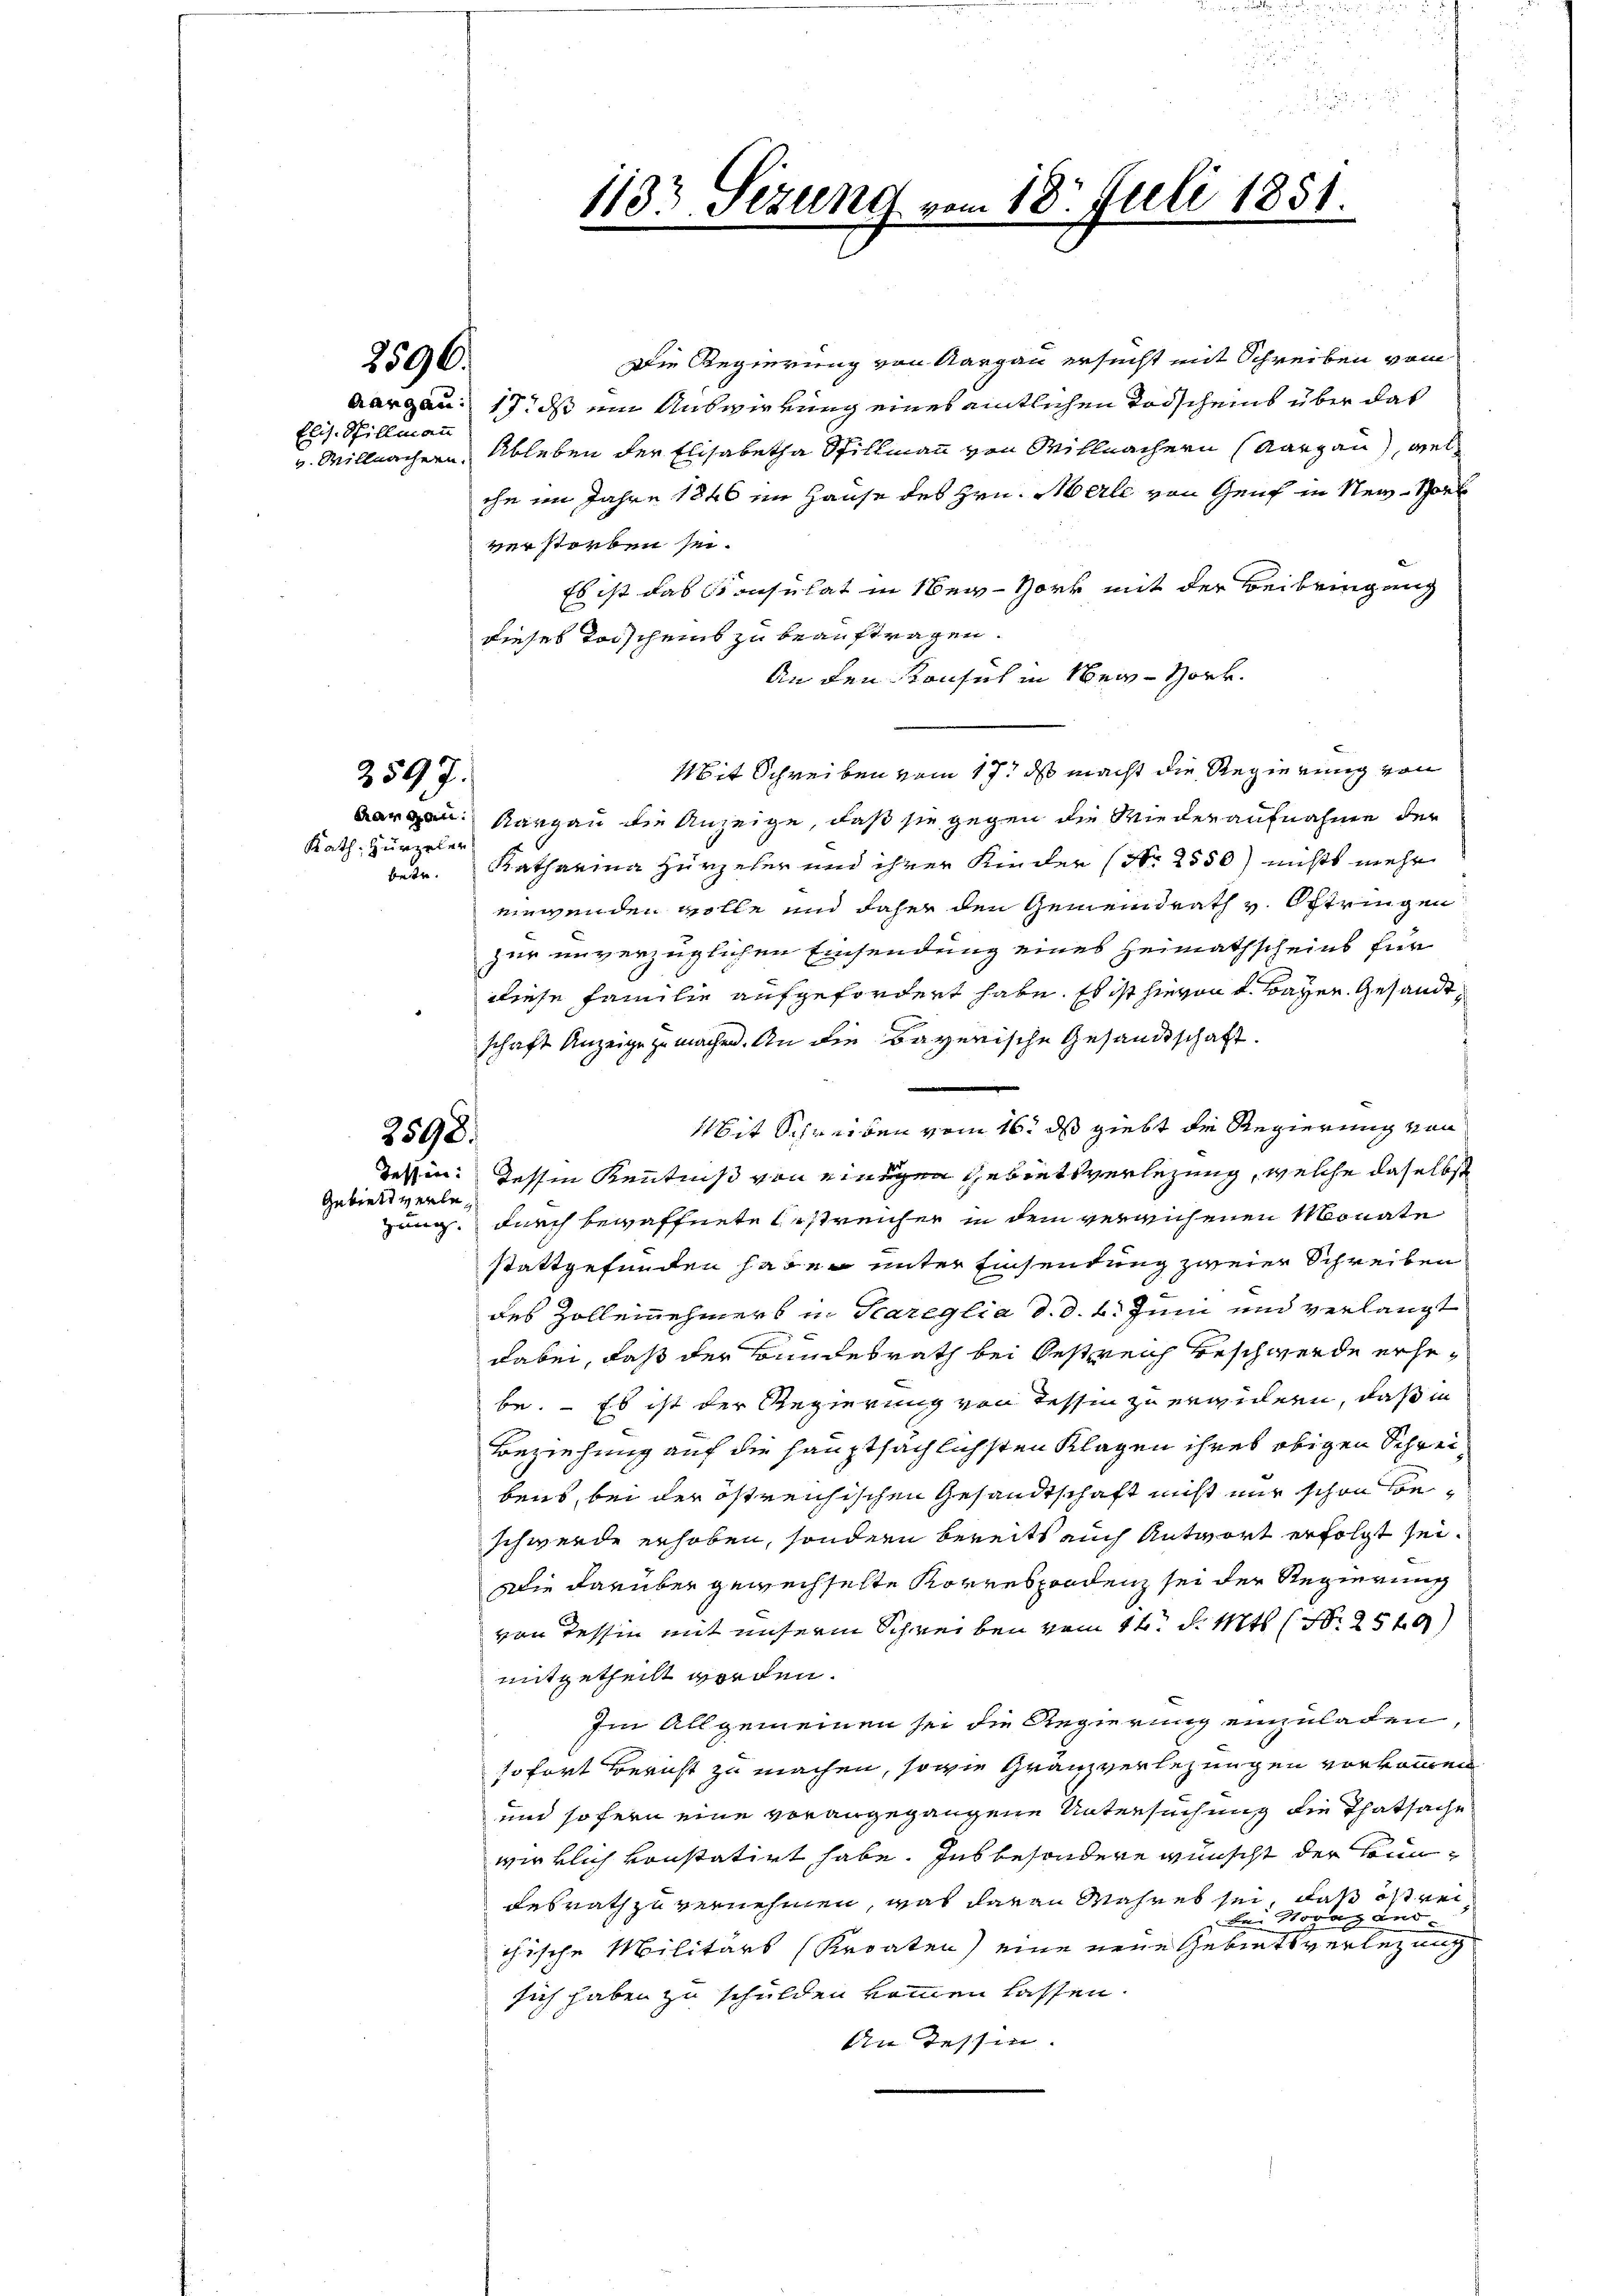
Elis. Spillmann

Rath, Zurzeler

2596.

2597.

Gebiett verle¬

Die Regierung von Aargau ersucht mit Schreiben vom
Aargau: 17. ds ein Auswirrung eines amtlichen Todscheins über das
v. Willmachern, Ableben der Elisabetha Stillmann von Meillachern Aargau, welche im Jahre 1846 im Hause des Hrn. Merle von Genf in Nein Vorb
verstorben sei.
Es ist das Consulat in Ser-Hork mit der Beibringung
dieses Toischeins zu beauftragen.
An den Konsich in New-York
Mit Schreiben vom 17. ds macht die Regierung von
Aargau Kargau die Anzeige, daß sie gegen die Wiederaufnahme der
betr. Katharina Hurzeler und ihrer Kinder (Nr. 2550) nichts mehr
einwenden wolle und daher den Gemeindrath v. Oftringen
zur unverzüglichen Einsendung eines Heimathscheins für
diese Familie aufgefordert habe. Es ist hievon d. Bayer. Gesandtschaft Anzeige zu machen. An die Bayerische Gesandtschaft.
Mit Schreiben vom 16. ds giebt die Regierung von
Tessin Kenntniß von einigen Gebietsverlegung, welche daselbst
zung, durch bewaffnete streicher in dem verrichenen Monate
stattgefunden haben unter Einsendung zweier Schreiben
des Zollennehmers in Kareglia d. d. 2. Juni und verlangt
dabei, daß der Bundesrath bei Gestreich beschwerde erhebe. - Es ist der Regierung von Tessin zu erwidern, daß in
Beziehung auf die hauptsächlichsten Klagen ihres obigen Schreibens, bei der östreichischen Gesandtschaft nicht mir schon beschwerde erhoben, sondern bereits auch Antwort erfolgt sei.
Die darüber gewechselte Korrespondenz sei der Regierung
von Tessin mit unserm Schreiben vom 14. d. Mts. S. 2549)
mitgetheilt worden.
Im Allgemeinen sei die Regierung einzuladen,
sofort Bericht zu machen, sowie Gränzverlegungen vorkommen
und sofern eine vorangegangene Untersuchung die Thatsache
wirklich konstatirt habe. Insbesondere wünscht der Bun¬
Resrath zu vernehmen, was davon Wahres sei, daß ist reibei Vorang und
chische Militärs (Kroaten) eine eine Gebietsverlegung
sich haben zu schulden kommen lassen.
An Tessin.

3598.
Tessin:

1133 Sizung vom 18. Juli 1851.